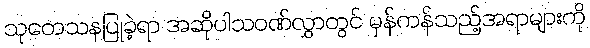
သုတေသနပြုခဲ့ရာ အဆိုပါသဝဏ်လွှာတွင် မှန်ကန်သည့်အရာများကို